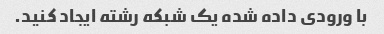
با ورودی داده شده یک شبکه رشته ایجاد کنید.